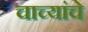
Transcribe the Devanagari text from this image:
चाच्यांचे